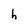
Character: h